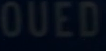
OUED